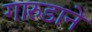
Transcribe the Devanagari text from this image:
गारुडाने